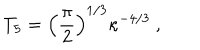
LaTeX: T _ { 5 } = \left( { \frac { \pi } { 2 } } \right) ^ { 1 / 3 } \kappa ^ { - 4 / 3 } \ ,